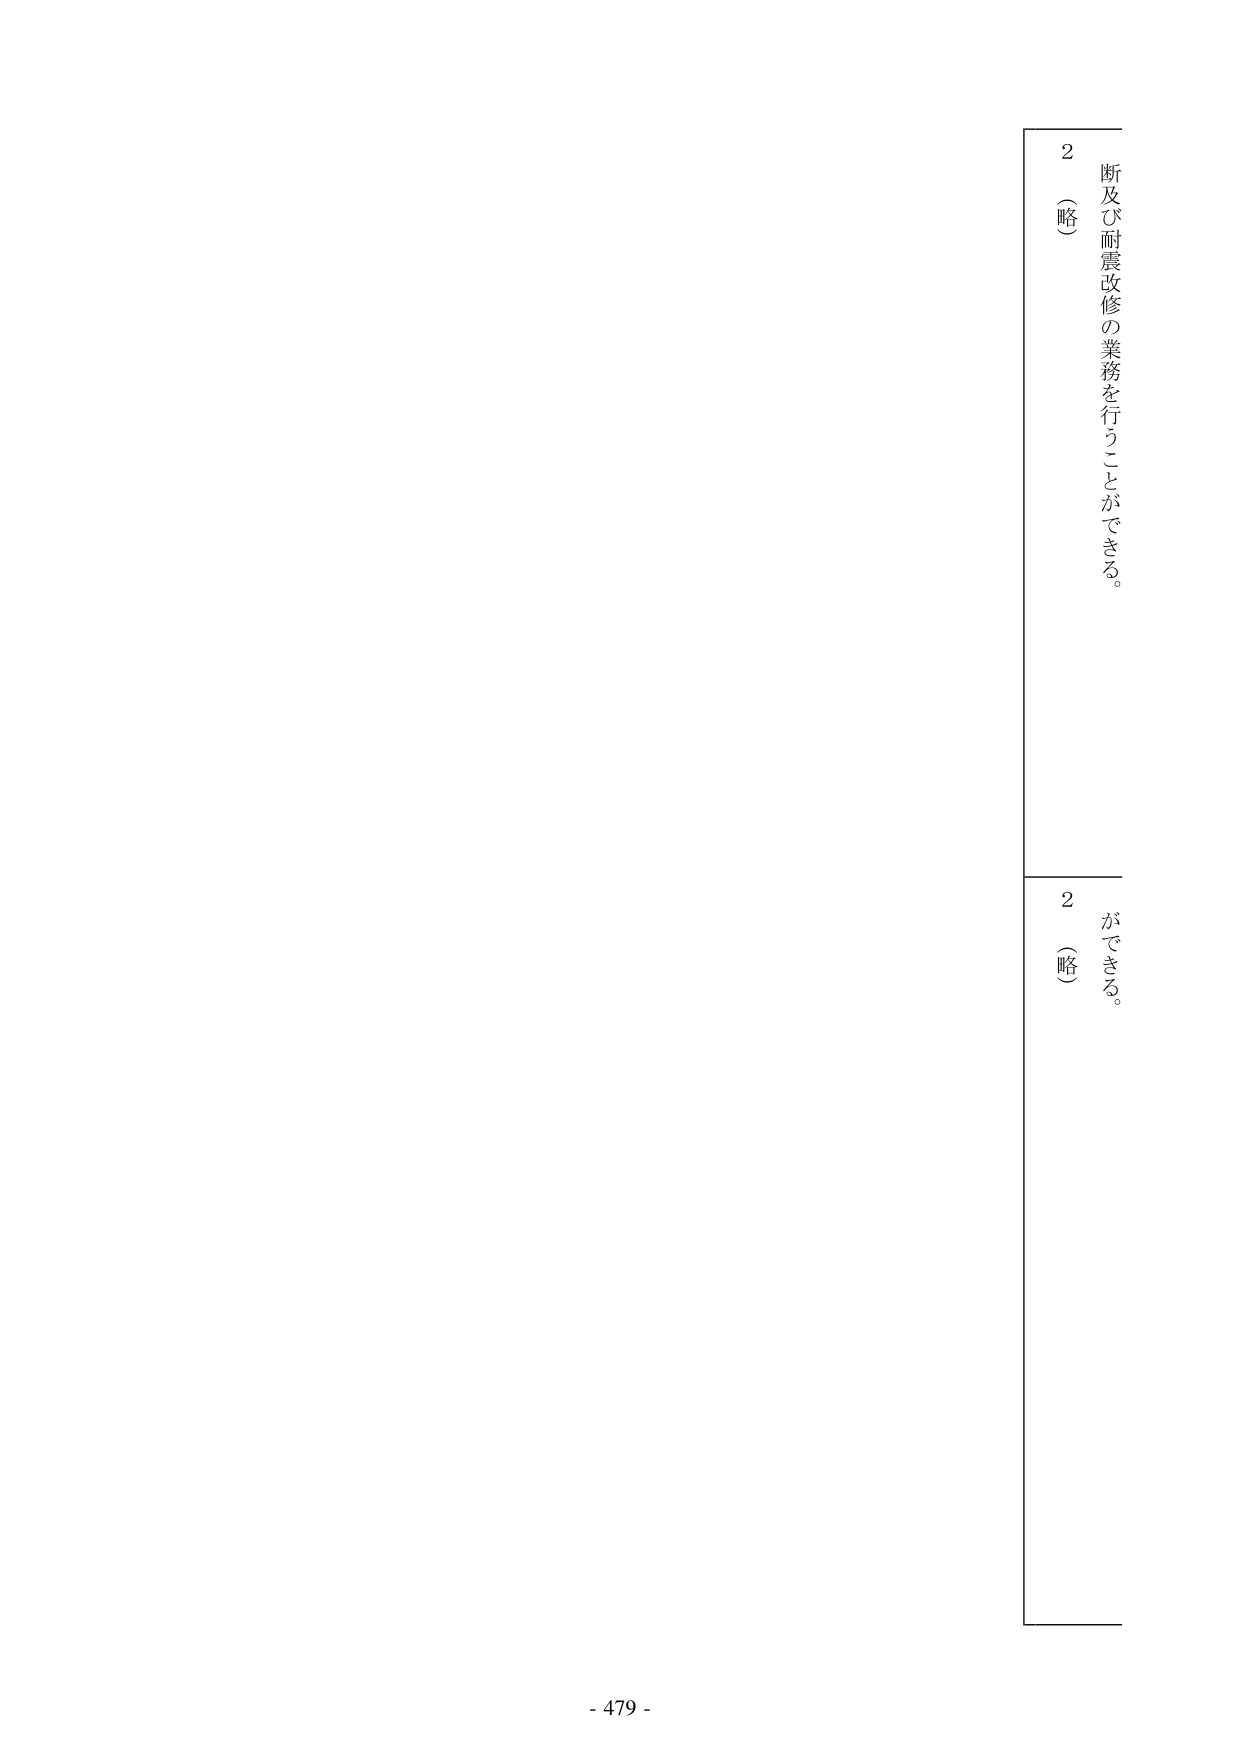
2
（略）
断及び耐震改修の業務を行うことができる。
2
（略）
ができる。
- 479 -